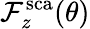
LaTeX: \mathcal{F}_{z}^{\mathrm{{sca}}}(\theta)